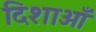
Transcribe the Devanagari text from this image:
दिशाओँ